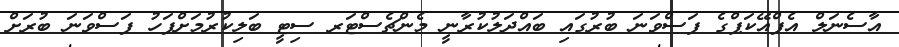
އާސެނަލް އެފްއޭކަޕްގެ ފަސްވަނަ ބުރުގައި ބައްދަލުކުރާނީ މެންޗެސްޓަރ ސިޓީ ބަލިކުރުމަށްފަހު ފަސްވަނަ ބުރަށް